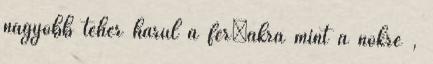
nagyobb teher hárul a férﬁakra mint a nőkre ,